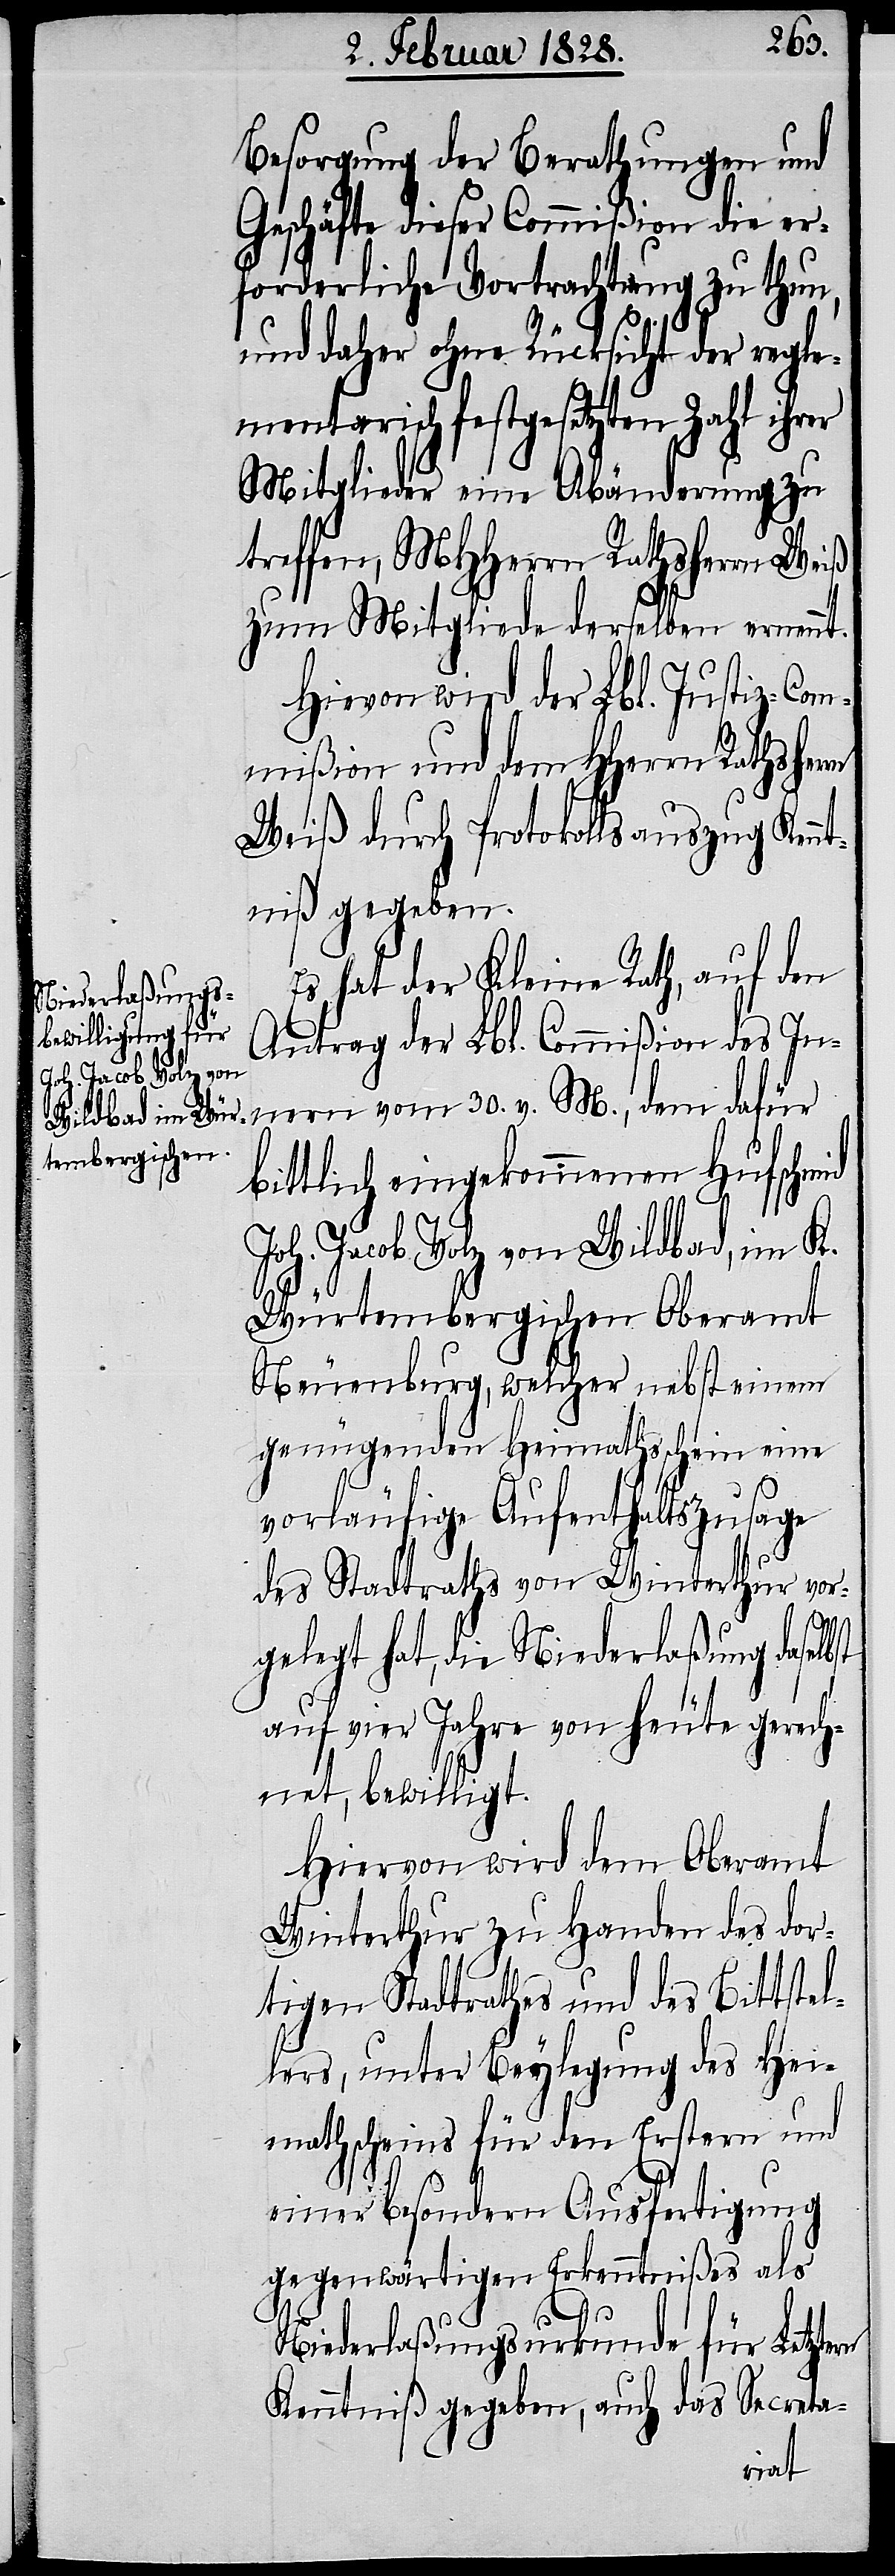
Besorgung der Berathungen und
Geschäfte dieser Commißion die er¬
forderliche Vortrachtung zu thun,
und daher ohne Rücksicht der regle¬
mentarisch festgesetzten Zahl ihrer
Mitglieder eine Abänderung zu
treffen, MHHerrn Rathsherrn Weiß
zum Mitgliede derselben ernennt.
Hievon wird der Lbl. Justiz-Com¬
mißion und dem HHerrn Rathsherrn
Weiß durch Protokollsauszug Kenn¬
tniß gegeben.
Es hat der Kleine Rath, auf den
Antrag der Lbl. Commißion des In¬
bittlich eingekommenen Hufschmid
Joh. Jacob Volz von Wildbach, im K.
Würtembergischen Oberamt
Neuenburg, welcher nebst einem
genügenden Heimathsschein eine
vorläufige Aufenthaltszusage
des Stadtraths von Winterthur vor¬
gelegt hat, die Niederlaßung daselb¬
auf vier Jahre von heute gerech¬
net bewilligt.
Hiervon wird dem Oberamt
Winterthur zu Handen des dor¬
tigen Stadtrathes und des Bittstel¬
lers, unter Beylegung des Hei¬
mathscheins für den Erstern und
einer besondern Ausfertigung
gegenwärtigen Erkenntnißes als
st
dem
Niederlaßungsurkunde für Letztern
Kenntniß gegeben, auch das Secreta-